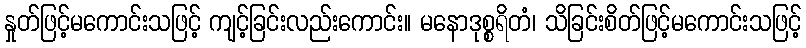
နှုတ်ဖြင့်မကောင်းသဖြင့် ကျင့်ခြင်းလည်းကောင်း။ မနောဒုစ္စရိတံ၊ သိခြင်းစိတ်ဖြင့်မကောင်းသဖြင့်